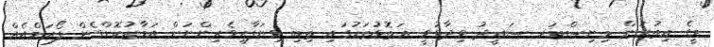
މީގެ އިތުރުން މިނިސްޓަރ ސައީދު ވިދާޅުވީ އަތޮޅުތަކުގައި ތިބި ވިޔަފާރިވެރިންނަށް އަމާޒުކޮށްގެން ފޯރަމްއެއް